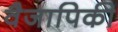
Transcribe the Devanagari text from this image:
वैजापिकी